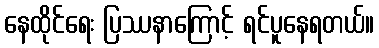
နေထိုင်ရေး ပြဿနာကြောင့် ရင်ပူနေရတယ်။